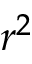
r ^ { 2 }